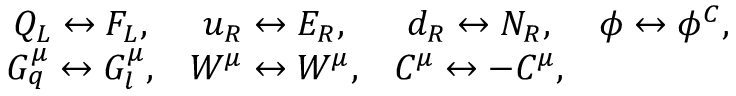
\begin{array} { c c c c } { { Q _ { L } \leftrightarrow F _ { L } , } } & { { u _ { R } \leftrightarrow E _ { R } , } } & { { d _ { R } \leftrightarrow N _ { R } , } } & { { \phi \leftrightarrow \phi ^ { C } , } } \\ { { G _ { q } ^ { \mu } \leftrightarrow G _ { l } ^ { \mu } , } } & { { W ^ { \mu } \leftrightarrow W ^ { \mu } , } } & { { C ^ { \mu } \leftrightarrow - C ^ { \mu } , } } & { { } } \end{array}